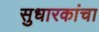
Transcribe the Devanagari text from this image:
सुधारकांचा